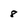
Character: 8